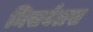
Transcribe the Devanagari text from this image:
मिसर्बलस